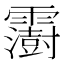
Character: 𩆩